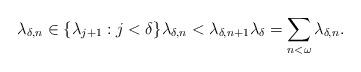
LaTeX: \begin{align*}\lambda_{\delta,n} \in \{\lambda_{j+1}:j < \delta\} \lambda_{\delta,n} < \lambda_{\delta,n+1} \lambda_{\delta} = \sum\limits_{n<\omega} \lambda_{\delta,n}.\end{align*}